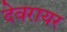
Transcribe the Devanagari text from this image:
देवरायर